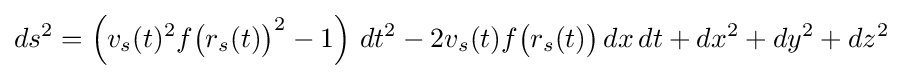
ds^{2}=\left(v_{s}(t)^{2}f{\big (}r_{s}(t){\big )}^{2}-1\right)\,dt^{2}-2v_{s}(t)f{\big (}r_{s}(t){\big )}\,dx\,dt+dx^{2}+dy^{2}+dz^{2}